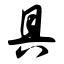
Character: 具